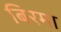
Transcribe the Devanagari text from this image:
बिरमा